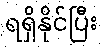
ရရှိနိုင်ပြီး